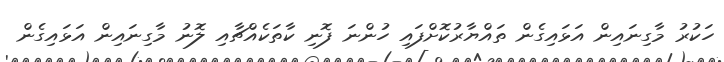
ހަކުރު މާގިނައިން އަޅައިގެން ތައްޔާރުކޮށްފައި ހުންނަ ފޮނި ކާތަކެއްޗާއި ލޮނު މާގިނައިން އަޅައިގެން